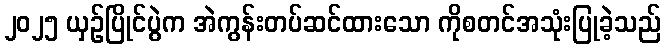
၂၀၂၅ ယှဉ်ပြိုင်ပွဲက အဲကွန်းတပ်ဆင်ထားသော ကိုစတင်အသုံးပြုခဲ့သည်